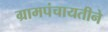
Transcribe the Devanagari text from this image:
ग्रामपंचायतीने